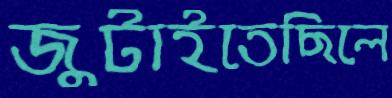
জুটাইতেছিলে